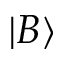
| B \rangle